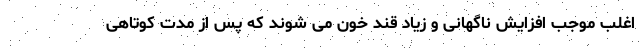
اغلب موجب افزایش ناگهانی و زیاد قند خون می شوند که پس از مدت کوتاهی